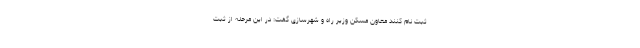
ثبت نام کنند معاون مسکن وزیر راه و شهرسازی گفت: در این مرحله از ثبت